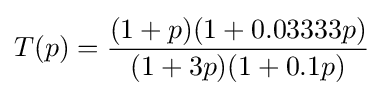
T(p)={\frac {(1+p)(1+0.03333p)}{(1+3p)(1+0.1p)}}